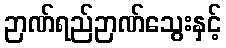
ဉာဏ်ရည်ဉာဏ်သွေးနှင့်